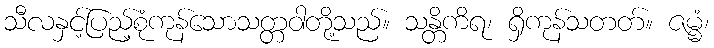
သီလနှင့်ပြည့်စုံကုန်သောသတ္တဝါတို့သည်။ သန္တိကိရ၊ ရှိကုန်သတတ်။ ဇမ္မံ၊